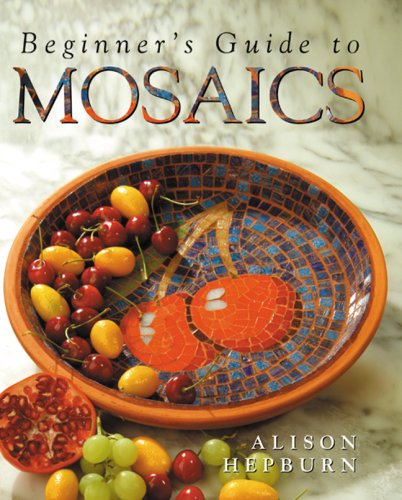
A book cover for Beginner's Guide to Mosaics; Alison Hepburn; Crafts, Hobbies & Home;